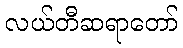
လယ်တီဆရာတော်